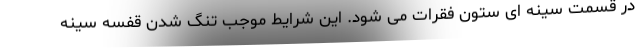
در قسمت سینه ای ستون فقرات می شود. این شرایط موجب تنگ شدن قفسه سینه